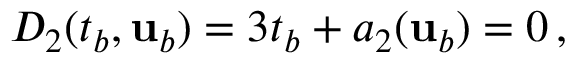
D _ { 2 } ( t _ { b } , { \mathbf { u } } _ { b } ) = 3 t _ { b } + a _ { 2 } ( { \mathbf { u } } _ { b } ) = 0 \, ,